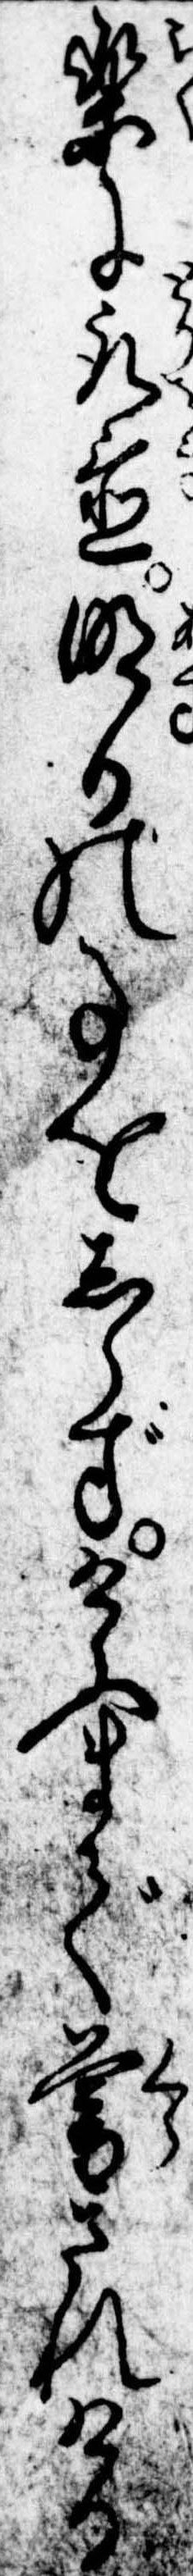
楽に取置明日の事をしらずけふまで暮されける